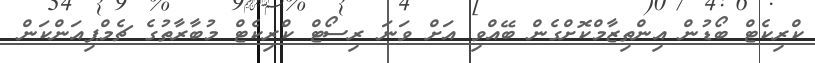
ކްރިކެޓް ބޯޑުން އިންތިޒާމްކޮށްގެން ބޭއްވި އަށް ވަނަ ރިސޯޓް ކްރިކެޓް މުބާރާތުގެ ޗެމްޕިއަންކަން